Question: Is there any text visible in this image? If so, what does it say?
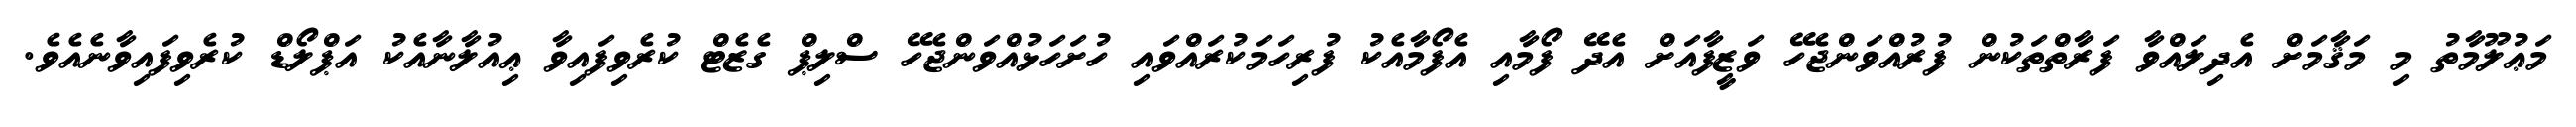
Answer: މަޢުލޫމާތު މި މަޤާމަށް އެދިލައްވާ ފަރާތްތަކުން ފުރުއްވަންޖެހޭ ވަޒީފާއަށް އެދޭ ފޯމާއި އެފޯމާއެކު ފުރިހަމަކުރައްވައި ހުށަހަޅުއްވަންޖެހޭ ސްލިޕް ގެޒެޓް ކުރެވިފައިވާ ޢިއުލާނާއެކު އަޕްލޯޑް ކުރެވިފައިވާނެއެވެ.